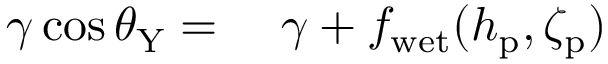
\begin{array} { r l } { \gamma \cos \theta _ { \mathrm { Y } } = } & { { } \ \gamma + f _ { \mathrm { w e t } } ( h _ { \mathrm { p } } , \zeta _ { \mathrm { p } } ) } \end{array}